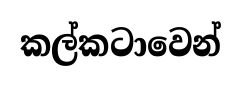
කල්කටාවෙන්